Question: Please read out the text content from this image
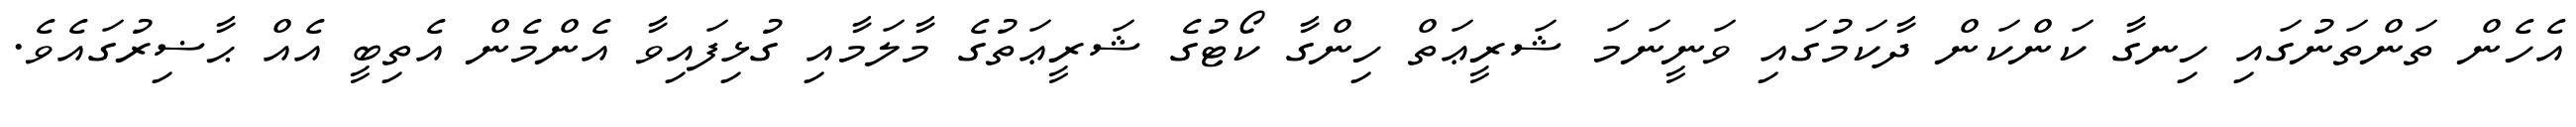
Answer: އެހެން ތަންތަނުގައި ހިނގާ ކަންކަން ދާކަމުގައި ވަނީނަމަ ޝަރީޢަތް ހިންގާ ކޯޓުގެ ޝަރީޢަތުގެ މާލަމާއި ގުޅިފައިވާ އެންމެން އެތިބީ އެއް ޙާޟިރުގައެވެ.